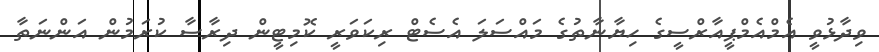
ވިދާޅުވީ އެމްއެމްޕީއާރްސީގެ ހިޔާނާތުގެ މައްސަލަ އެސެޓް ރިކަވަރީ ކޮމިޓީން ދިރާސާ ކުރަމުން އަންނަތާ